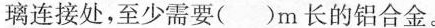
璃连接处，至少需要( )m长的铝合金。